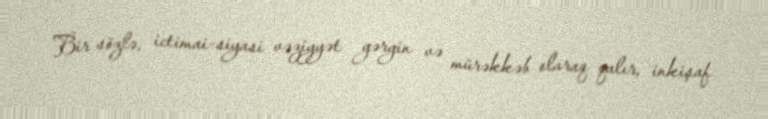
Bir sözlə, ictimai-siyasi vəziyyət gərgin və mürəkkəb olaraq qalır, inkişaf